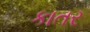
કાતર